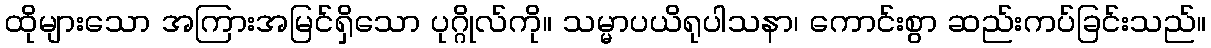
ထိုများသော အကြားအမြင်ရှိသော ပုဂ္ဂိုလ်ကို။ သမ္မာပယိရုပါသနာ၊ ကောင်းစွာ ဆည်းကပ်ခြင်းသည်။